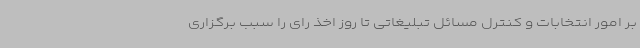
بر امور انتخابات و کنترل مسائل تبلیغاتی تا روز اخذ رای را سبب برگزاری